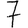
Digit: 7